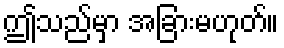
ဤသည်မှာ အခြားမဟုတ်။